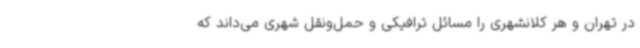
در تهران و هر کلانشهری را مسائل ترافیکی و حمل‌ونقل شهری می‌داند که